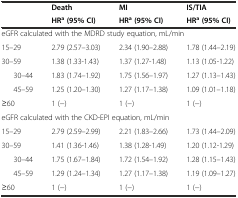
| <ROWSPAN=2>  | Death | MI | IS/TIA |
 | HRa(95% CI) | HRa(95% CI) | HRa(95% CI) |
 | --- | --- | --- | --- |
 | <COLSPAN=4> eGFR calculated with the MDRD study equation, mL/min |
 | 15–29 | 2.79 (2.57–3.03) | 2.34 (1.90–2.88) | 1.78 (1.44–2.19) |
 | 30–59 | 1.38 (1.33-1.43) | 1.37 (1.27-1.48) | 1.13 (1.05-1.22) |
 | 30–44 | 1.83 (1.74–1.92) | 1.75 (1.56–1.97) | 1.27 (1.13–1.43) |
 | 45–59 | 1.25 (1.20–1.30) | 1.27 (1.17–1.38) | 1.09 (1.01–1.18) |
 | ≥60 | 1 (−) | 1 (−) | 1 (−) |
 | <COLSPAN=4> eGFR calculated with the CKD-EPI equation, mL/min |
 | 15–29 | 2.79 (2.59–2.99) | 2.21 (1.83–2.66) | 1.73 (1.44–2.09) |
 | 30–59 | 1.41 (1.36-1.46) | 1.38 (1.28-1.49) | 1.20 (1.12-1.29) |
 | 30–44 | 1.75 (1.67–1.84) | 1.72 (1.54–1.92) | 1.28 (1.15–1.43) |
 | 45–59 | 1.29 (1.24–1.34) | 1.27 (1.17–1.38) | 1.19 (1.09–1.27) |
 | ≥60 | 1 (−) | 1 (−) | 1 (−) |